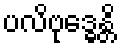
ပလိဗုဒ္ဓေန္တိ